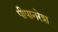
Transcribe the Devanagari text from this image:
पीपानरेश